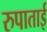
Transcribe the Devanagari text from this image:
रुपाताई